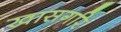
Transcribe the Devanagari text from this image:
खासगरि